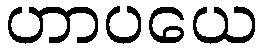
ဟာပယေ